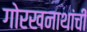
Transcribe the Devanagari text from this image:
गोरखनाथांची